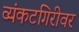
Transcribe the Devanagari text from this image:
व्यंकटगिरीवर